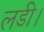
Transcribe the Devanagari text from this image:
लडी।